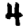
Digit: 4